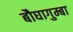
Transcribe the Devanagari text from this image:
बौघागुम्बा